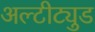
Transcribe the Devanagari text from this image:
अल्टीट्युड